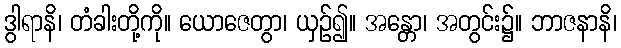
ဒွါရာနိ၊ တံခါးတို့ကို။ ယောဇေတွာ၊ ယှဉ်၍။ အန္တော၊ အတွင်း၌။ ဘာဇနာနိ၊